Civil Veterinary Dept. North-West Frontier Province 1923-32 - 1923-1932
Year: 1923
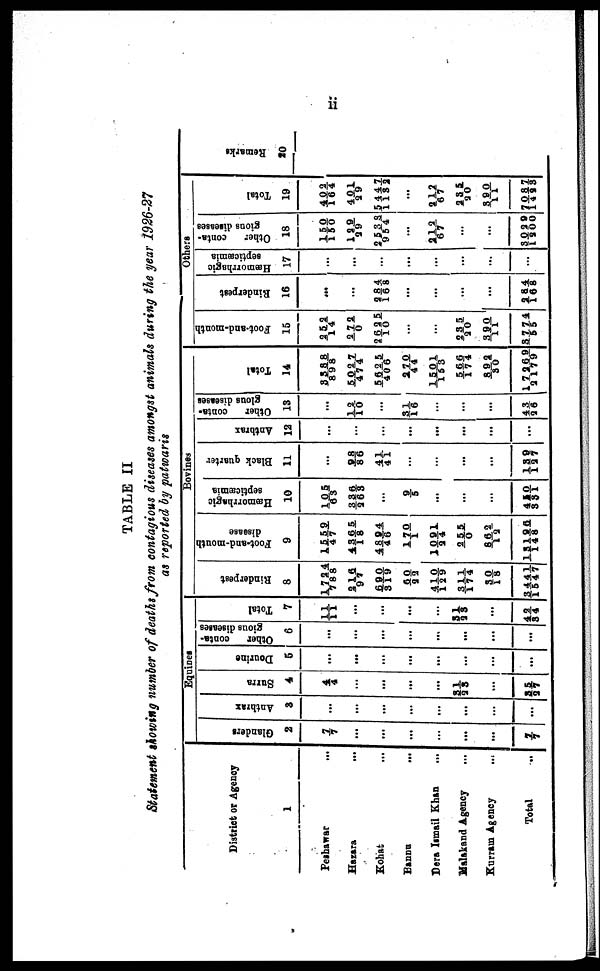
ii
TABLE II
Statement showing number of deaths from contagious diseases amongst animals during the year 1926-27
as reported by patwaris
District or Agency
1
Peshawar ...
Hazara ...
Kohat ...
Bannu
...
Dera Ismail Khan ...
Malakand
Agency ...
Kurram Agency
...
Total ...
Glanders
2
7/7
...
...
...
...
...
...
7/7
Anthrax
3
...
...
...
...
...
...
...
Equines
Surra
4
4/4
...
...
...
...
31/23 ...
35/ 27
Douring
5
...
...
...
...
...
...
...
...
Other
conta-
gious diseases
6
...
...
...
...
...
...
...
...
Total
7
11/11
...
...
...
...
31/23
...
42/34
Rinderpest
8
1724/788
216/97
690/319
60/22
410/129
311/174
30/18
3441/1547
Foot-and-mouth
disease
9
1559/47
4365/18
4894/46
170/1
1091/24
255/0
862/12
13196/148
Bovines
Hæmorrhagic
septicæmia
10
105/63
336/263
...
9/5
...
...
...
450/331
Black quarter
11
...
98/86
41/41
...
...
...
...
139/127
Anthrax
12
...
...
...
...
...
...
...
...
Other
conta-
glous diseases
13
...
12/10
...
31/16
...
...
...
43/ 26
Total
14
3388/898
5027/474
5625/406
270/44
1501/153
566/174
892/30
17269/2179
Foot-and-month
15
252/14
272/0
2625/10
...
...
235/20
390/11
3774/55
Rinderpest
16
...
...
284/168
...
...
...
...
284/168
Others
Hæmorrhngic
septicæmia
17
...
...
...
...
...
...
...
...
Other
conta-
gions diseases
18
150/150
129/ 29
2538/954
...
212/67
...
...
3029/1200
Total
19
402/164
401/29
5447/1132
...
212/67
235/20
390/11
7087/1483
Remarks
20